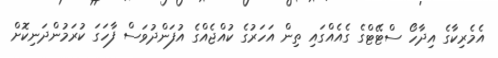
އެމެރިކާގެ އިދާހޯ ސްޓޭޓްގެ ގެއެއްގައި ތިން އަހަރުގެ ކުއްޖެއްގެ އުފަންދުވަސް ފާހަގަ ކުރަމުންދަނިކޮށް